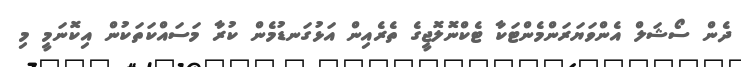
ދެން ސޯޝަލް އެންވަޔަރަންމެންޓަކާ ޓެކްނޮލޮޖީގެ ތެރެއިން އަޅުގަނޑުމެން ކުރާ މަސައްކަތަކުން އިކޮނަމީ މި